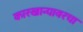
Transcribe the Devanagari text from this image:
कारखान्यावरचा